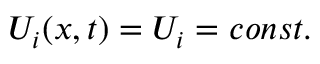
U _ { i } ( x , t ) = U _ { i } = c o n s t .